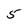
Character: 5